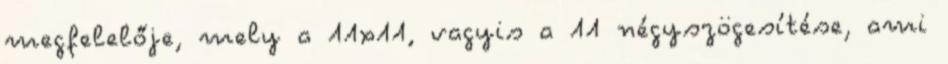
megfelelője, mely a 11x11, vagyis a 11 négyszögesítése, ami